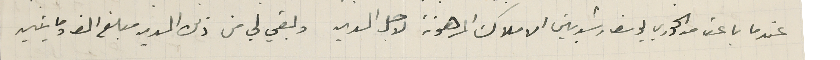
عندما باعت من الخوري يوسف رشدبين الاملاك المرهونة لاجل المدين وبقي لي من ذلك المدين مبلغ الف ومايتين